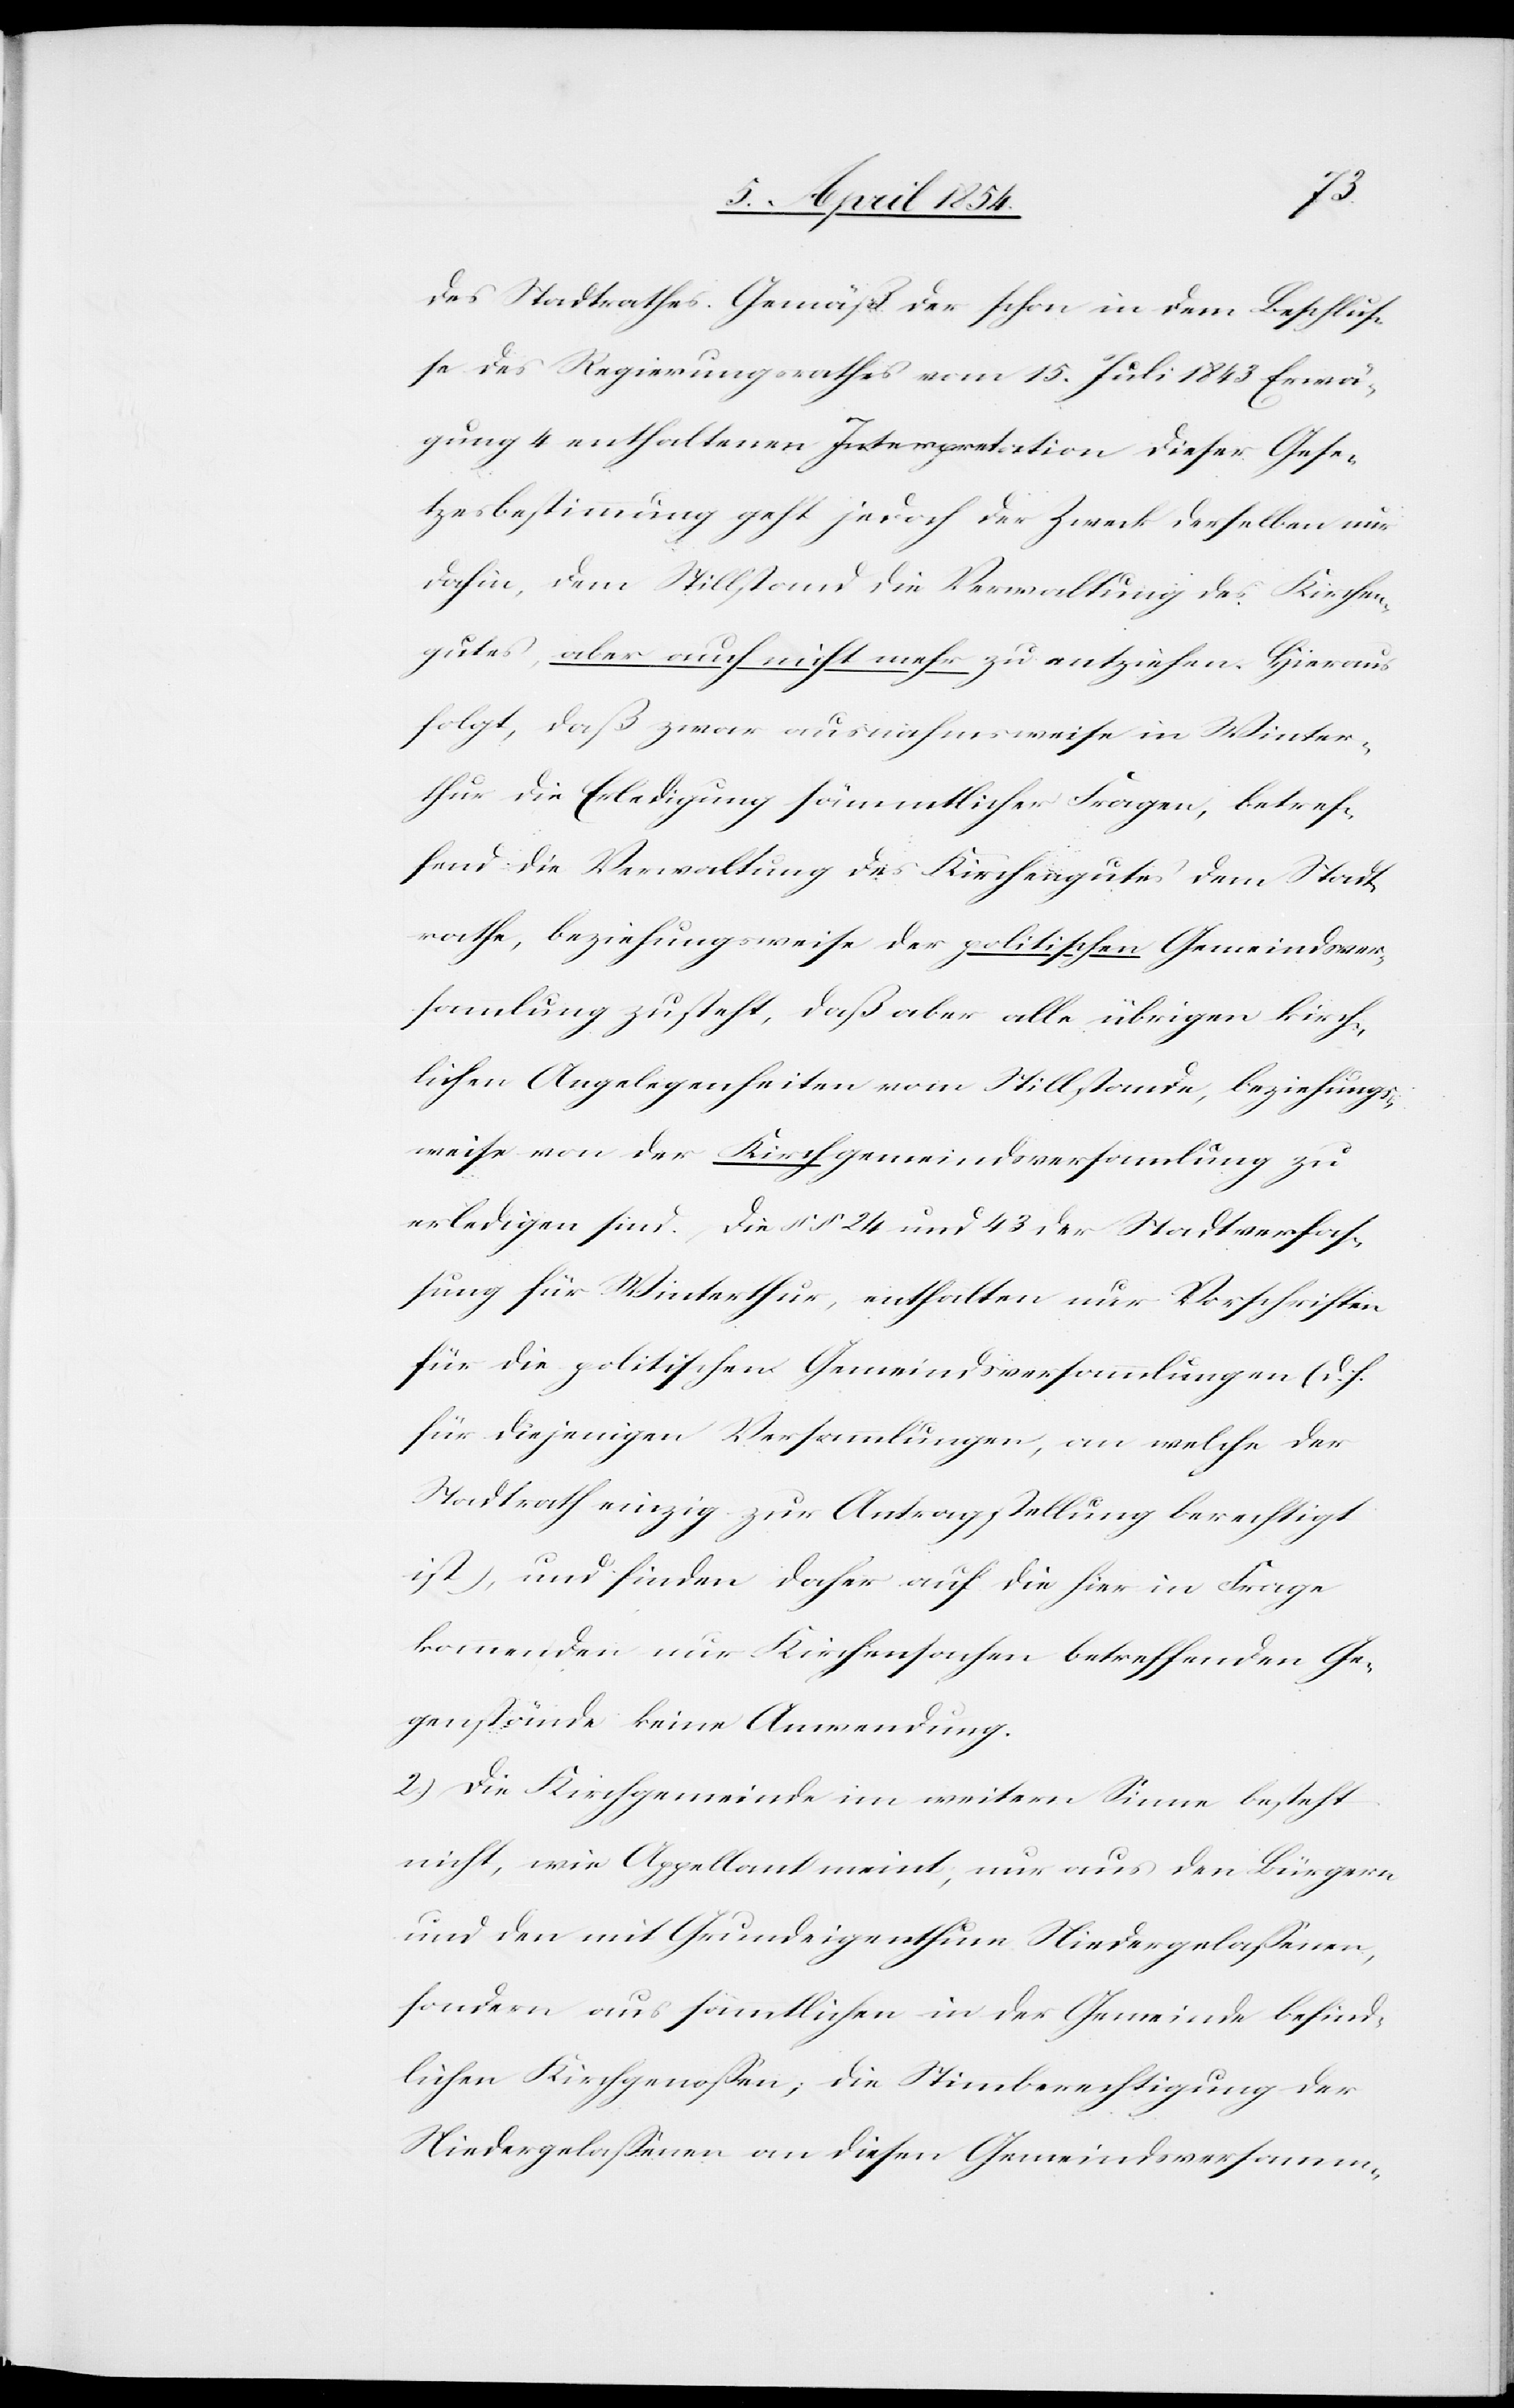
des Stadtrathes. Gemäß der schon in dem Beschluß¬
e des Regierungsrathes vom 15. Juli 1843 Erwä¬
gung 4 enthaltenen Interpretation dieser Gese¬
tzesbestimmung geht jedoch der Zweck derselben nur
dahin, dem Stillstand die Verwaltung des Kirchen¬
gutes, aber auch nicht mehr zu entziehen. Hieraus
folgt, daß zwar ausnahmsweise in Winter¬
thur die Erledigung sämmtlicher Fragen, betref¬
fend die Verwaltung des Kirchengutes dem Stadt¬
rathe, beziehungsweise der politischen Gemeindsver¬
sammlung zusteht, daß aber alle übrigen kirch¬
lichen Angelegenheiten vom Stillstande, beziehungs¬
weise von der Kirchgemeindsversammlung zu
erledigen sind. Die §§ 24 und 43 der Stadtverfaß¬
ung für Winterthur, enthalten nur Vorschriften
für die politischen Gemeindsversammlungen (d. d.
für diejenigen Versammlungen, an welche der
Stadtrath einzig zur Antragstellung berechtigt
ist), und finden daher auf die hier in Frage
kommenden nur Kirchensachen betreffenden Ge¬
genstände keine Anwendung.
2.) Die Kirchgemeinde im weitern Sinne besteht
nicht, wie Appellant meint, nur aus den Bürgern
und den mit Grundeigenthum Niedergelaßenen,
sondern aus sämmtlichen in der Gemeinde befind¬
lichen Kirchgenoßen, die Stimmberechtigung der
Niedergelaßenen an diesen Gemeindsversamm-